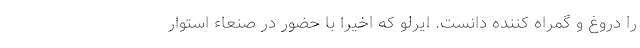
را دروغ و گمراه کننده دانست. ایرلو که اخیرا با حضور در صنعاء استوار